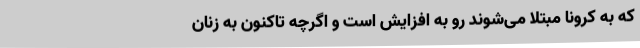
که به کرونا مبتلا می‌شوند رو به افزایش است و اگرچه تاکنون به زنان